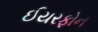
ઈયરફોન